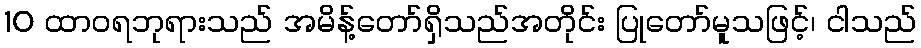
10 ထာဝရဘုရားသည် အမိန့်တော်ရှိသည်အတိုင်း ပြုတော်မူသဖြင့်၊ ငါသည်